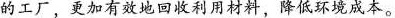
的工厂，更加有效地回收利用材料，降低环境成本。